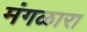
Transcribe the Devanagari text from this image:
मंगळारा